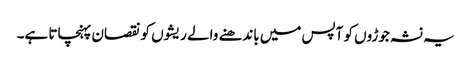
یہ نشہ جوڑوں کو آپس میں باندھنے والے ریشوں کو نقصان پہنچاتا ہے۔